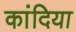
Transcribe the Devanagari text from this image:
कांदिया